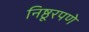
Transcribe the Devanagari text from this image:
निष्ठूरपणे